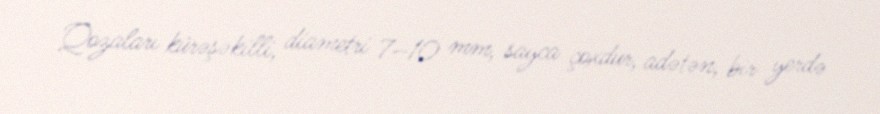
Qozaları kürəşəkilli, diametri 7–10 mm, sayca çoxdur, adətən, bir yerdə